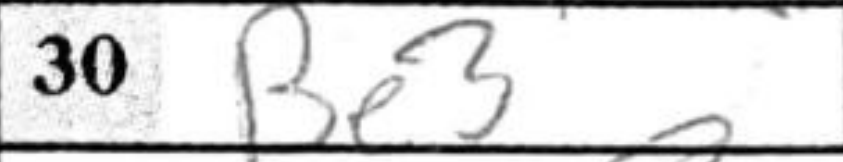
Transcription: Be3